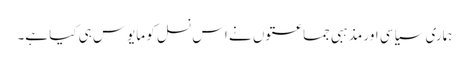
ہماری سیاسی اور مذہبی جماعتوں نے اس نسل کو مایوس ہی کیا ہے۔